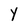
Character: Y